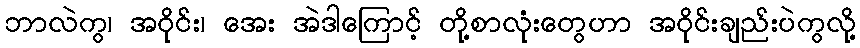
ဘာလဲကွ၊ အဝိုင်း၊ အေး အဲဒါကြောင့် တို့စာလုံးတွေဟာ အဝိုင်းချည်းပဲကွလို့